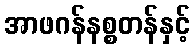
အာဖဂန်နစ္စတန်နှင့်